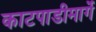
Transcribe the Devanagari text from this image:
काटपाडीमार्गे